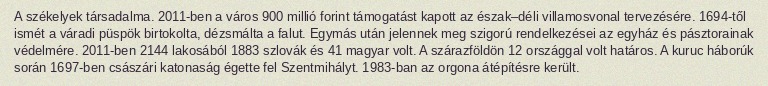
A székelyek társadalma. 2011-ben a város 900 millió forint támogatást kapott az észak–déli villamosvonal tervezésére. 1694-től ismét a váradi püspök birtokolta, dézsmálta a falut. Egymás után jelennek meg szigorú rendelkezései az egyház és pásztorainak védelmére. 2011-ben 2144 lakosából 1883 szlovák és 41 magyar volt. A szárazföldön 12 országgal volt határos. A kuruc háborúk során 1697-ben császári katonaság égette fel Szentmihályt. 1983-ban az orgona átépítésre került.